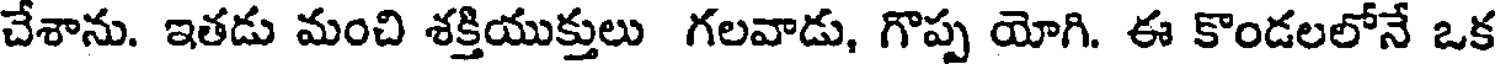
చేశాను. ఇతడు మంచి శక్తియుక్తులు గలవాడు, గొప్ప యోగి. ఈ కొండలలోనే ఒక